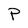
Character: P